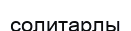
солитарлы